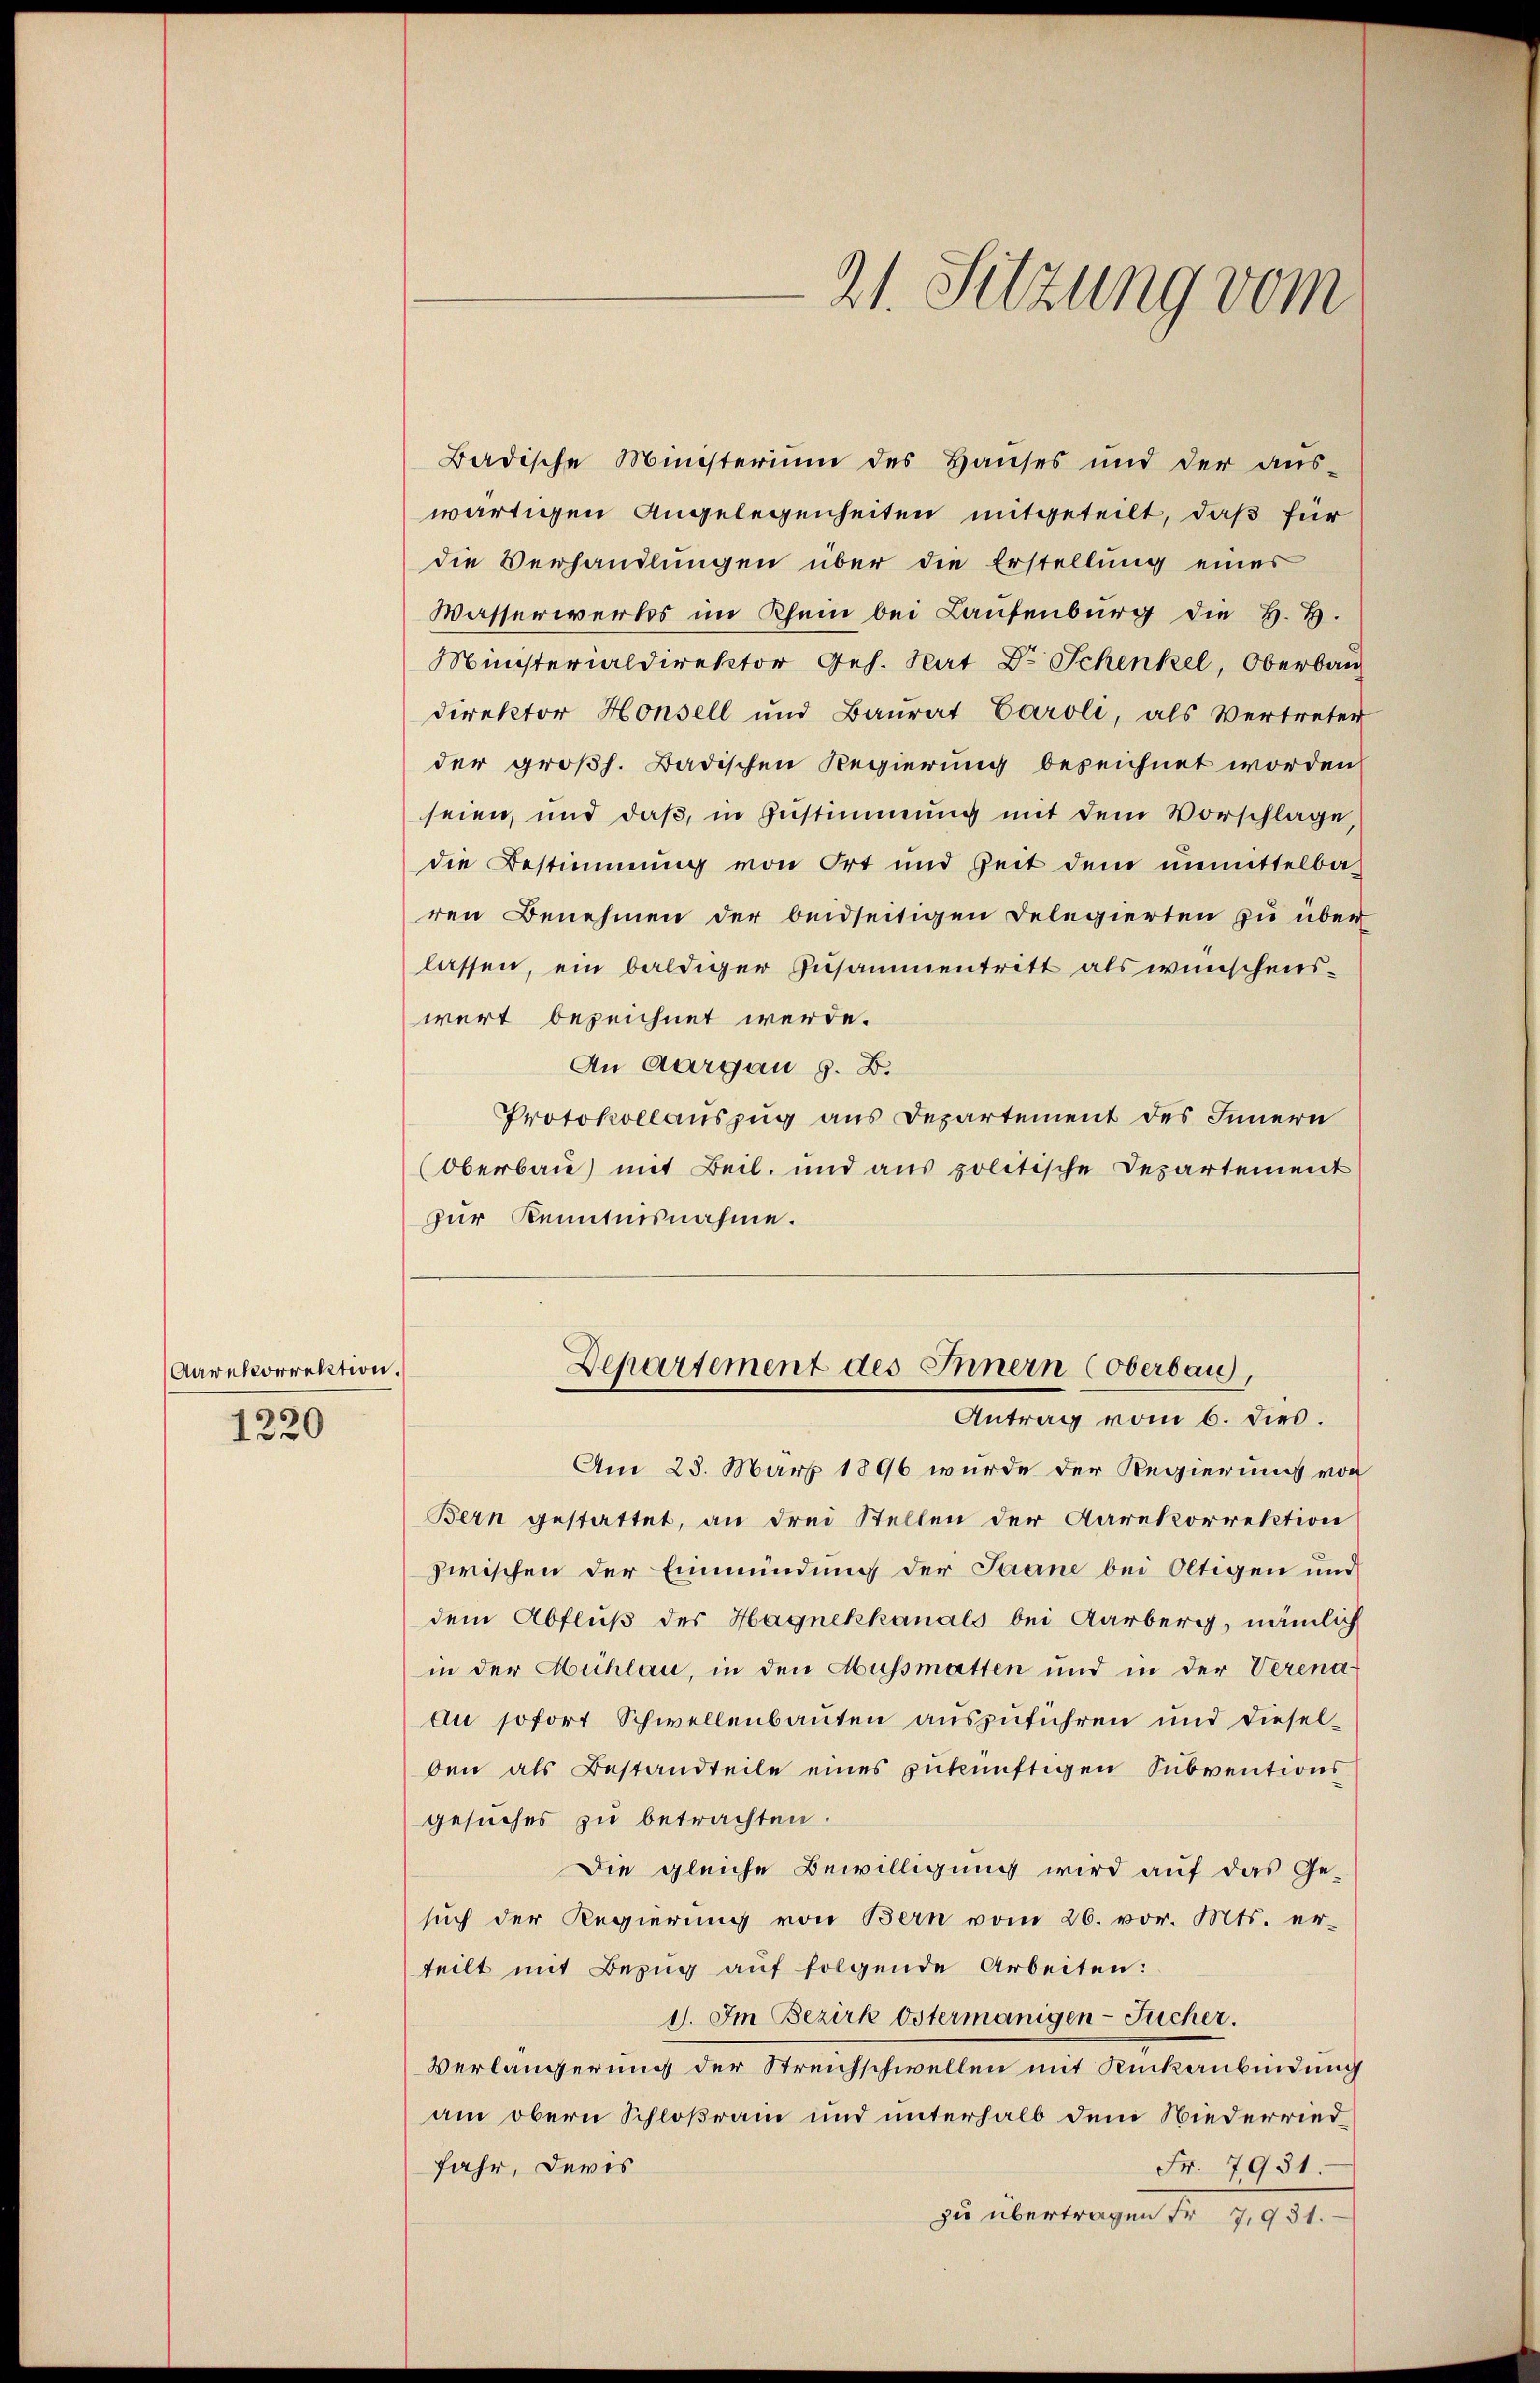
Aarekorrektion.
1220

21. Sitzung vom

Badische Ministerium des Hauses und der aŭs-
wärtigen Angelegenheiten mitgeteilt, daß für
die Verhandlungen über die Erstellung eines
Wasserwerks im Rhein bei Laufenburg die H. H.
Ministerialdirektor Ges. Rat Dr. Schenkel, Oberbau
Direktor Honsell und Baurat Caroli, als Vertreter
der großh. Badischen Regierung bezeichnet worden
seien, und daß, in Zustimmung mit dem Vorschlage,
die Bestimmung von Ort und Zeit dem unmittelba-
ren Benehmen der beidseitigen Delegierten zu über
lassen, ein baldiger Zusammentritt als wünschenswert bezeichnet werde.
An Aargau z. B.
Protokollauszug aus Departement des Innern
Oberbau mit Beil, und aus politische Departement
zur Kenntnisnahme.
Departement des Innern (Oberbau
Antrag vom 6. dies.
Am 23. März 1896 wurde der Regierung von
Bern gestattet, an drei Stellen der Aarekorrektion
zwischen der Einmündung der Saane bei Oltigen und
dem Abfluß des Hagnekkanals bei Aarberg, nämlich
in der Mühlau, in den Mussmatten und in der Verena
An sofort Schwellenbauten auszuführen und diesel-
ben als Bestandteile eines zukünftigen Subventions
gesuches zu betrachten.
Die gleiche Bewilligung wird auf das Ge-
such der Regierung von Bern vom 26. vor. Mts. er-
teilt mit Bezug auf folgende Arbeiten:
1. Im Bezirk Östermanigen-Tucher.
Verlängerung der Streichschwellen mit Rückanbindung
am obern Schloßram und unterhalb dem Niederried¬
Fr. 7931.
fahr, deris
zu übertragen Fr. 7,931.